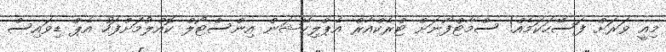
މިއީ ވަރަށް ފަސޭހަކަމެއް! ސްމާޓްފޯނަށް ޓްރެކްއާރް އެޕްލިކޭޝަން އިންސްޓޯލް ކޮއްލުމަށްފަހު އެޕް ޑިވައިސް